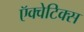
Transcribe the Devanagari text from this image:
ऍक्वेटिक्स